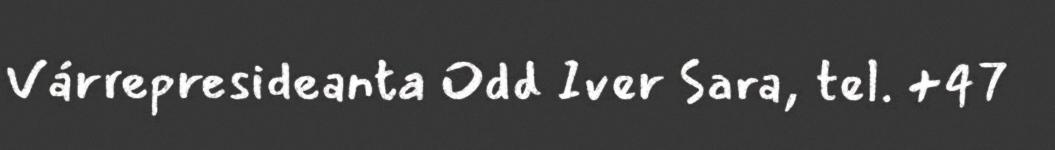
Várrepresideanta Odd Iver Sara, tel. +47